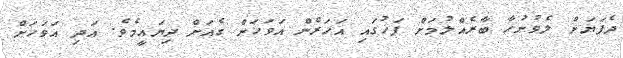
ދެފަޔަށް ލެވުނުހާ ބާރެއްލުމަށް ފަހުގައި އަހަރެން އަވަހަށް ގެއަށް ދިޔައީމެވެ. އަދި އަވަހަށް